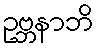
ဥဗ္ဘနာဘိ